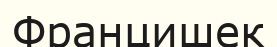
Францишек